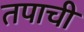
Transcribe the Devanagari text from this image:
तपाची